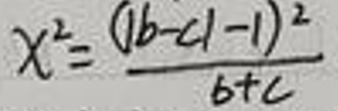
\[x^{2}=\frac{(|b - c|-1)^{2}}{b + c}\]